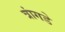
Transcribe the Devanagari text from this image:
त्रांगडे